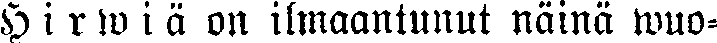
Hirwiä on ilmaantunut näinä wuo-